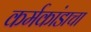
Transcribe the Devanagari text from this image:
कर्मकांडाचा